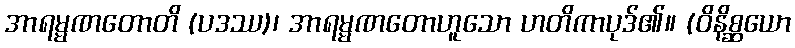
အာရမ္မဏတောတိ (ပဒဿ)၊ အာရမ္မဏတောဟူသော ဟတိကာပုဒ်၏။ (ဝိနိစ္ဆယော